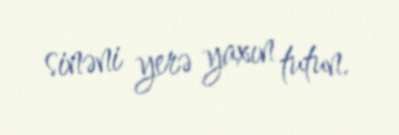
sinəni yerə yaxın tutun.